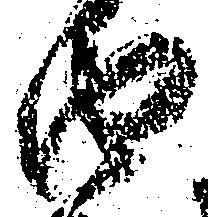
由